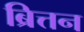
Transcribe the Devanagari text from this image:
ब्रित्तन